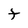
Character: t